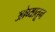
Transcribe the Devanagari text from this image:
ओव्यातून